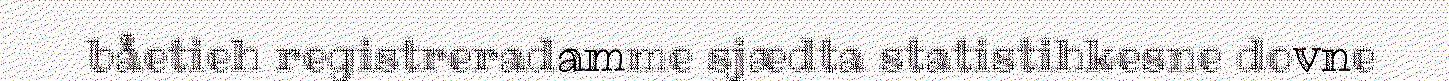
båetieh registreradamme sjædta statistihkesne dovne